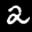
Label: 2